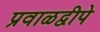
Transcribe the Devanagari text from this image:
प्रवाळद्वीपे